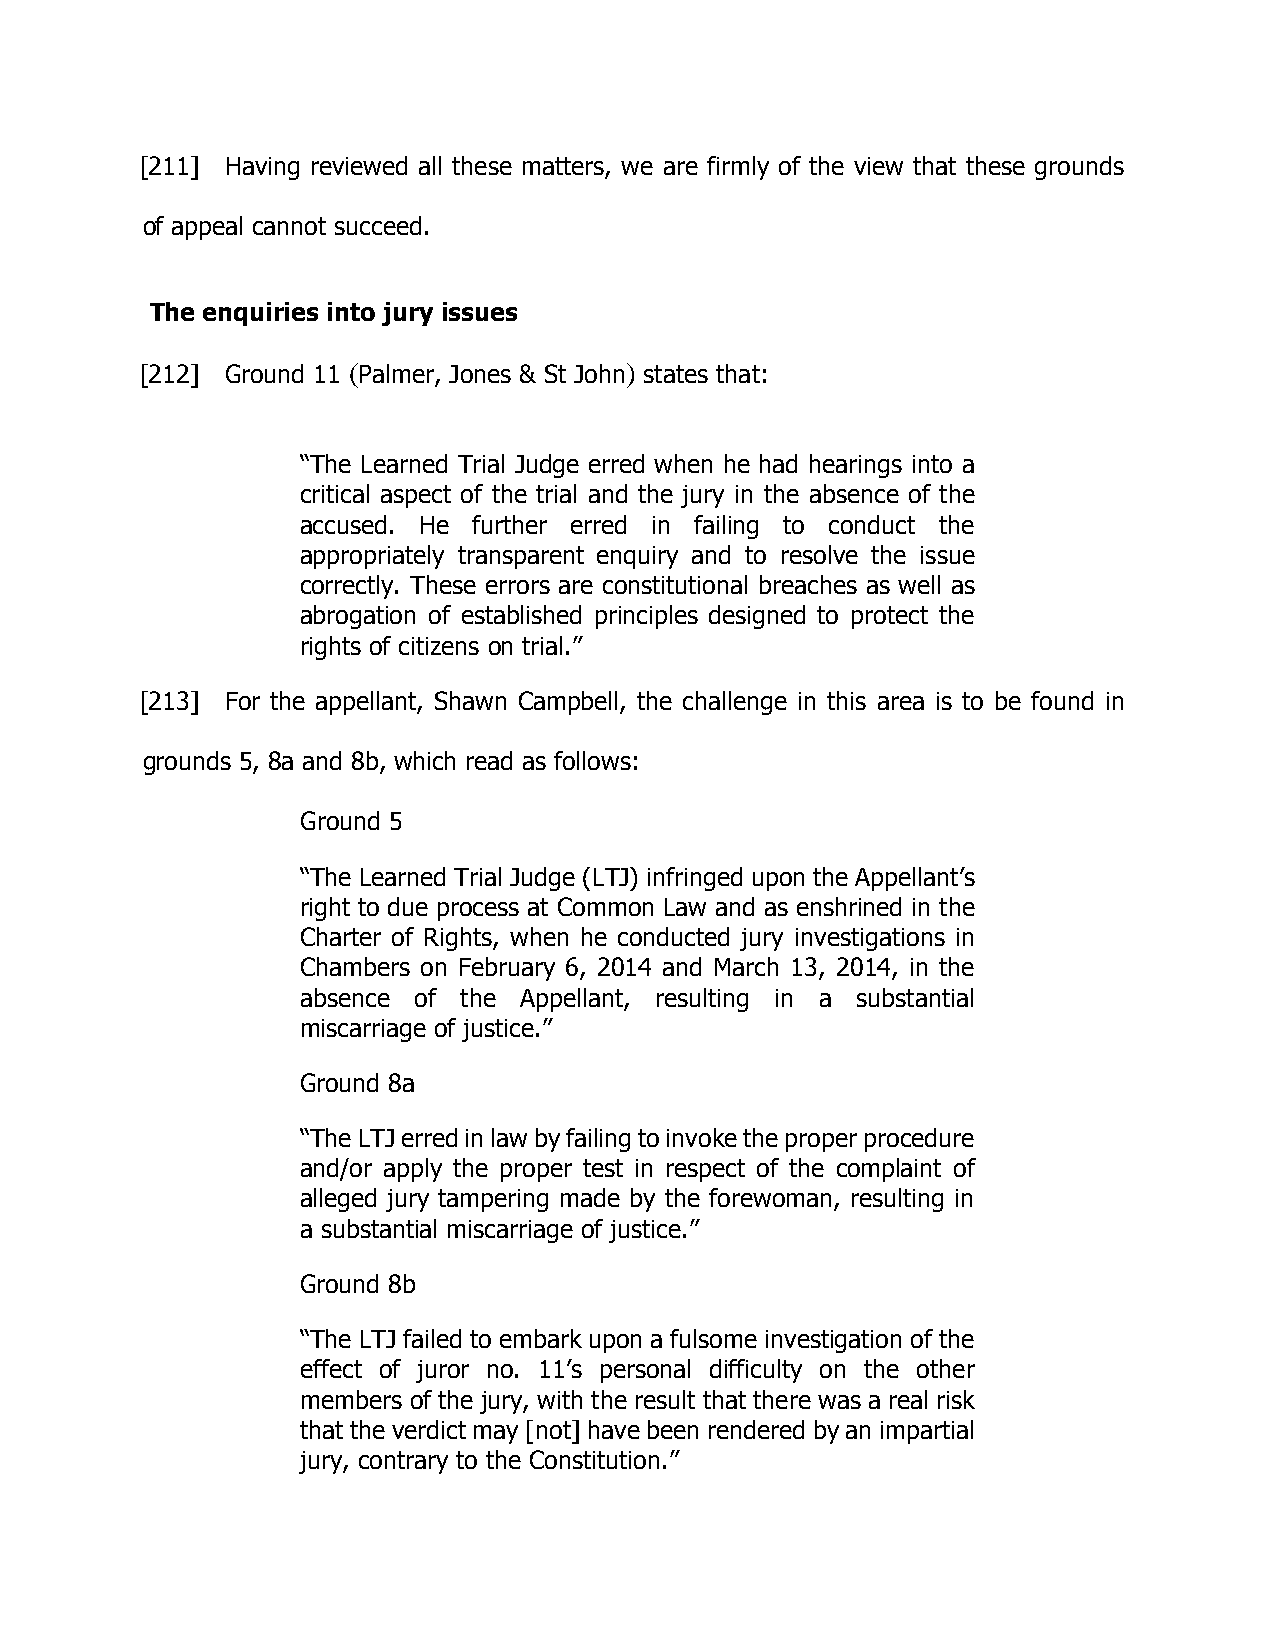
[211] Having reviewed all these matters, we are firmly of the view that these grounds
 of appeal cannot succeed.
 The enquiries into jury issues
 [212] Ground 11 (Palmer, Jones & St John) states that:
 “The Learned Trial Judge erred when he had hearings into a
 critical aspect of the trial and the jury in the absence of the
 accused. He further erred in failing to conduct the
 appropriately transparent enquiry and to resolve the issue
 correctly. These errors are constitutional breaches as well as
 abrogation of established principles designed to protect the
 rights of citizens on trial.”
 [213] For the appellant, Shawn Campbell, the challenge in this area is to be found in
 grounds 5, 8a and 8b, which read as follows:
 Ground 5
 “The Learned Trial Judge (LTJ) infringed upon the Appellant’s
 right to due process at Common Law and as enshrined in the
 Charter of Rights, when he conducted jury investigations in
 Chambers on February 6, 2014 and March 13, 2014, in the
 absence of the Appellant, resulting in a substantial
 miscarriage of justice.”
 Ground 8a
 “The LTJ erred in law by failing to invoke the proper procedure
 and/or apply the proper test in respect of the complaint of
 alleged jury tampering made by the forewoman, resulting in
 a substantial miscarriage of justice.”
 Ground 8b
 “The LTJ failed to embark upon a fulsome investigation of the
 effect of juror no. 11’s personal difficulty on the other
 members of the jury, with the result that there was a real risk
 that the verdict may [not] have been rendered by an impartial
 jury, contrary to the Constitution.”